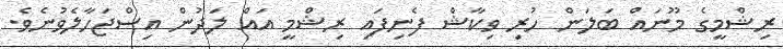
ރިޝްމީގެ މޫނައް ބަލަން ހުރި ވިކާޝް ފެނިފައި ރިޝްމީ އައް ލަދުން އިސްޖަހާލެވުނެވެ.